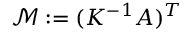
{ \mathcal { M } } : = ( K ^ { - 1 } A ) ^ { T }